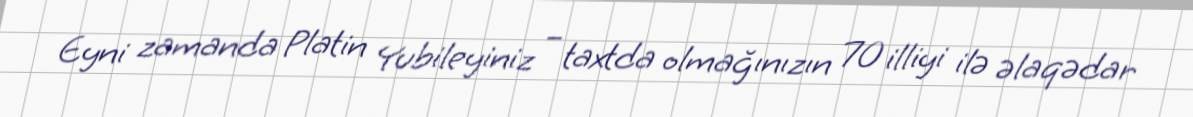
Eyni zamanda Platin Yubileyiniz – taxtda olmağınızın 70 illiyi ilə əlaqədar